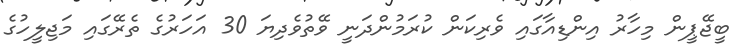
ބީޖޭޕީން މިހާރު އިންޑިއާގައި ވެރިކަން ކުރަމުންދަނީ ވޭތުވެދިޔަ 30 އަހަރުގެ ތެރޭގައި މަޖިލީހުގެ